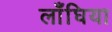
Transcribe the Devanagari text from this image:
लाँघिया